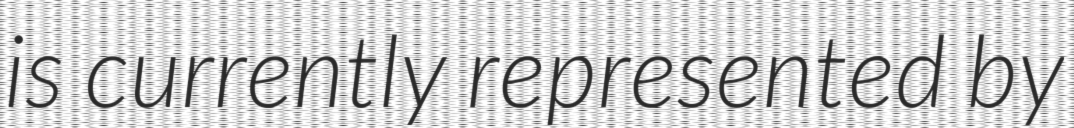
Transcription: is currently represented by